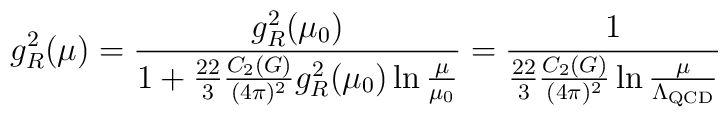
g_R^2(\mu) = {g_R^2(\mu_0) \over 1+ {22 \over 3}{C_2(G) \over (4\pi)^2}g_R^2(\mu_0) \ln {\mu \over \mu_0}}   = {1 \over {22 \over 3}{C_2(G) \over (4\pi)^2} \ln {\mu \over \Lambda_{\rm QCD}}}